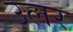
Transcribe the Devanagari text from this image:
उलर